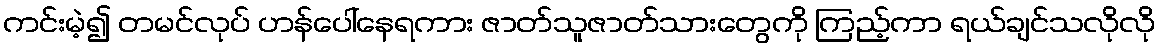
ကင်းမဲ့၍ တမင်လုပ် ဟန်ပေါ်နေရကား ဇာတ်သူဇာတ်သားတွေကို ကြည့်ကာ ရယ်ချင်သလိုလို